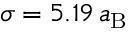
\sigma = 5 . 1 9 \, a _ { \mathrm { B } }